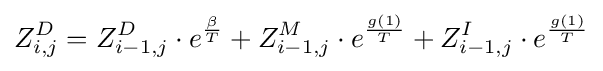
Z_{i,j}^{D}=Z_{i-1,j}^{D}\cdot e^{\frac {\beta }{T}}+Z_{i-1,j}^{M}\cdot e^{\frac {g(1)}{T}}+Z_{i-1,j}^{I}\cdot e^{\frac {g(1)}{T}}